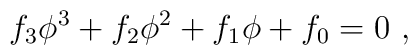
f_3 \phi^3 + f_2 \phi^2 +f_1 \phi + f_0 = 0\ ,